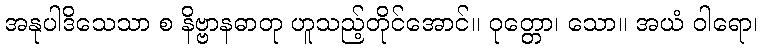
အနုပါဒိသေသာ စ နိဗ္ဗာနဓာတု ဟူသည့်တိုင်အောင်။ ဝုတ္တော၊ သော။ အယံ ဝါရော၊